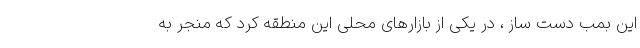
این بمب دست ساز ، در یکی از بازارهای محلی این منطقه کرد که منجر به